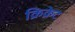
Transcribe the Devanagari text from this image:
क्रिक्रेट